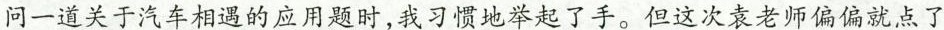
问一道关于汽车相遇的应用题时，我习惯地举起了手。但这次袁老师偏偏就点了